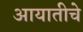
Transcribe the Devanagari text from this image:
आयातीचे